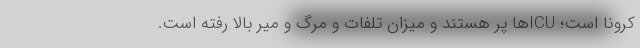
کرونا است؛ ICUها پر هستند و میزان تلفات و مرگ و میر بالا رفته است.